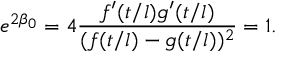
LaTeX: e ^ { 2 \beta _ { 0 } } = 4 \frac { f ^ { \prime } ( t / l ) g ^ { \prime } ( t / l ) } { ( f ( t / l ) - g ( t / l ) ) ^ { 2 } } = 1 .